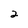
Character: 2